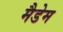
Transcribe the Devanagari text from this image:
मैडेम